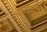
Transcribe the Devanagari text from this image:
करतीये